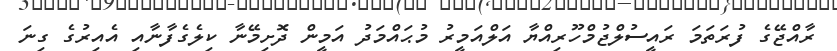
ރާއްޖޭގެ ފުރަތަމަ ރައީސުލްޖުމްހޫރިއްޔާ އަލްއަމީރު މުޙައްމަދު އަމީން ދޮށިމޭނާ ކިލެގެފާނާއި އެއިރުގެ ގިނަ